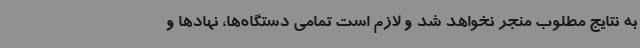
به نتایج مطلوب منجر نخواهد شد و لازم است تمامی دستگاه‌ها، نهادها و